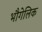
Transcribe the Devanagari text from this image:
भौगेलिक